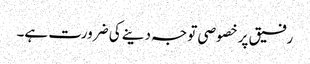
رفیق پر خصوصی توجہ دینے کی ضرورت ہے۔